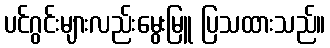
ပင်ဂွင်းများလည်းမွေးမြူ ပြသထားသည်။